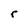
Character: r